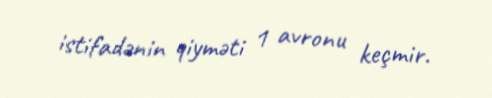
istifadənin qiyməti 1 avronu keçmir.